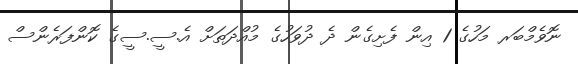
ނޮވެމްބަރ މަހުގެ 1 އިން ފެށިގެން ދެ ދުވަހުގެ މުއްދަތަށް އެ.ސީ.ސީގެ ކޮންފަރެންސް